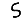
Digit: 5